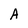
Character: A